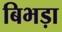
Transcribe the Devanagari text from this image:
बिभड़ा